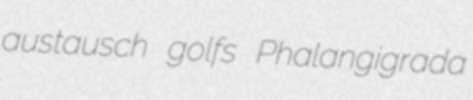
austausch golfs Phalangigrada